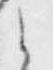
之